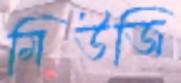
মিউজি